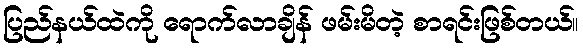
ပြည်နယ်ထဲကို ရောက်လာချိန် ဖမ်းမိတဲ့ စာရင်းဖြစ်တယ်။